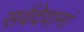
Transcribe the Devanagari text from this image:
सर्वदेवानां